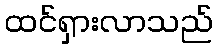
ထင်ရှားလာသည်